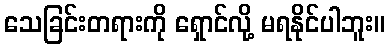
သေခြင်းတရားကို ရှောင်လို့ မရနိုင်ပါဘူး။